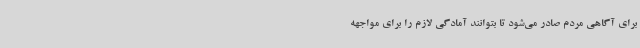
برای آگاهی مردم صادر می‌شود تا بتوانند آمادگی لازم را برای مواجهه